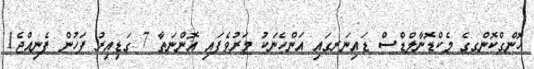
ހޮންގްކޮންގގެ މެކްޑޮނާލްޑްސް ޑައިނަރގައި އަންހެނަކު މަރުވެފައި އޮންނަތާ 7 ގަޑިއިރު ފަހުން ފެނިއްޖެ1